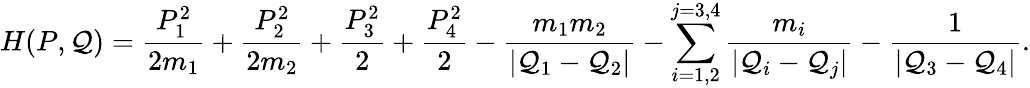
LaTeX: H(P,\mathcal{Q})=\frac{{P_{1}^{2}}}{{2m_{1}}}+\frac{{P_{2}^{2}}}{{2m_{2}}}+\frac{{P_{3}^{2}}}{{2}}+\frac{{P_{4}^{2}}}{{2}}-\frac{{m_{1}m_{2}}}{{|\mathcal{Q}_{1}-\mathcal{Q}_{2}|}}-\sum_{i=1,2}^{j=3,4}\frac{{m_{i}}}{{|\mathcal{Q}_{i}-\mathcal{Q}_{j}|}}-\frac{{1}}{{|\mathcal{Q}_{3}-\mathcal{Q}_{4}|}}.